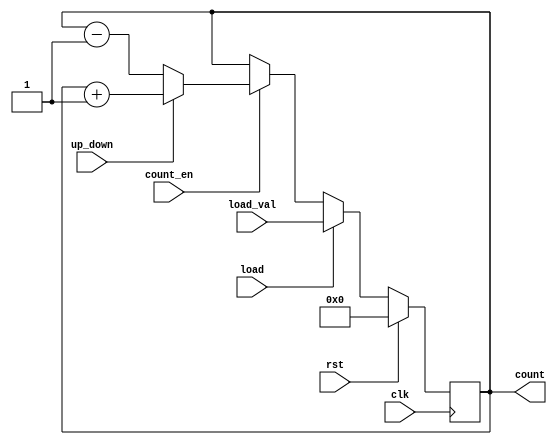
module sync_load_counter (
    input wire clk,            // Clock input
    input wire rst,            // Synchronous reset
    input wire load,          // Load control signal
    input wire [7:0] load_val, // Value to load into the counter
    input wire count_en,      // Count enable signal
    input wire up_down,       // Count direction: 1 for up, 0 for down
    output reg [7:0] count    // Current count output
);

    // Synchronous process triggered on the rising edge of the clock
    always @(posedge clk) begin
        if (rst) begin
            // Reset the counter to 0
            count <= 8'b00000000;
        end else if (load) begin
            // Load the specified value into the counter
            count <= load_val;
        end else if (count_en) begin
            // Increment or decrement the counter based on up_down signal
            if (up_down) begin
                // Increment
                count <= count + 1;
            end else begin
                // Decrement
                count <= count - 1;
            end
        end
        // If none of the conditions are met, count retains its value
    end

endmodule